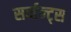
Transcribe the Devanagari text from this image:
सर्व्हन्ट्स